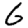
Digit: 6